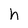
Character: h